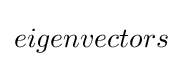
eigenvectors